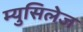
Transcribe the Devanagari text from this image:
म्युसिलेज